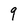
Character: 9